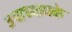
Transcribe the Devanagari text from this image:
उपाध्यायके